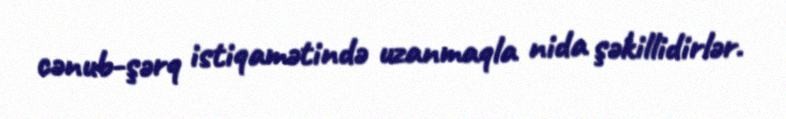
cənub-şərq istiqamətində uzanmaqla nida şəkillidirlər.